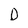
Character: D